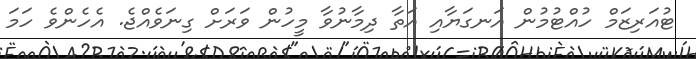
ޓުއަރިޒަމް ހުއްޓުމުން އަނގަޔާއި އަތާ ދިމާނުވާ މީހުން ވަރަށް ގިނަވެއްޖެ. އެހެންވެ ހަމަ